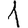
Digit: 1